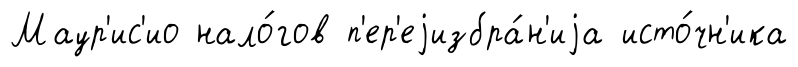
Маур'ис'ио нало́гов п'ер'еjизбра́н'иjа исто́чн'ика